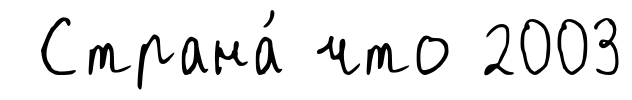
Страна́ что 2003